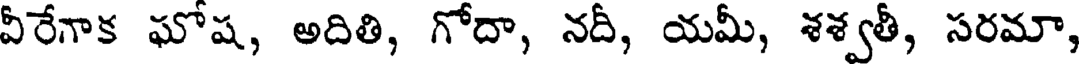
వీరేగాక ఘోష, అదితి, గోదా, నదీ, యమీ, శశ్వతీ, సరమా,